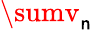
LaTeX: \sumv_{\mathsf{n}}